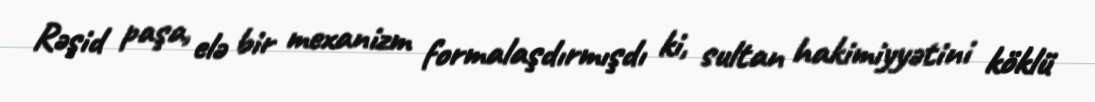
Rəşid paşa, elə bir mexanizm formalaşdırmışdı ki, sultan hakimiyyətini köklü